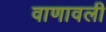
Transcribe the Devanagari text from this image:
वाणावली